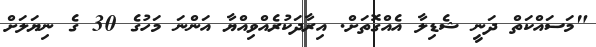
"މަސައްކަތް ދަނީ ޝެޑިލާ އެއްގޮތަށް. އިރާދަކުރެއްވިއްޔާ އަންނަ މަހުގެ 30 ގެ ނިޔަލަށް